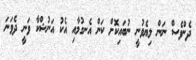
ދެންވެސް ނަން ލިޔެވުނީ ނުބައިކޮށް ކަން އެނގުމާއި އެކު އަނުޝްކާ ވަނީ ދެވަނަ